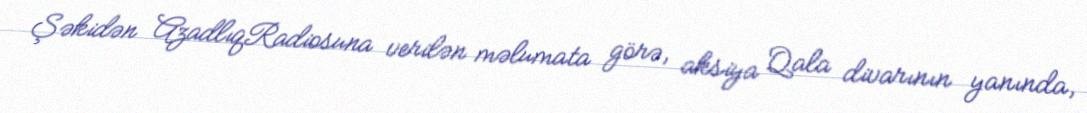
Şəkidən AzadlıqRadiosuna verilən məlumata görə, aksiya Qala divarının yanında,